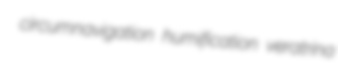
circumnavigation humification veratrina